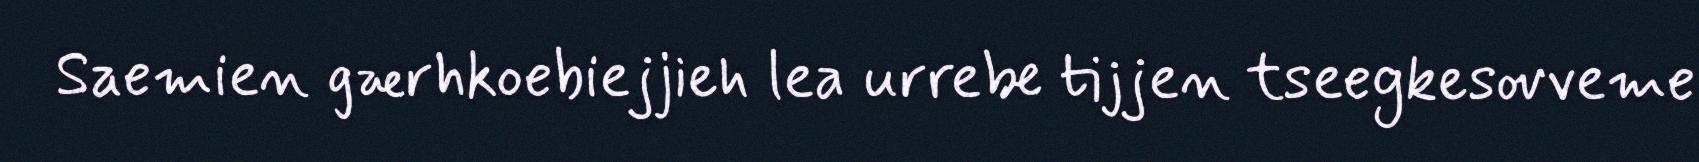
Saemien gærhkoebiejjieh lea urrebe tijjen tseegkesovveme